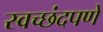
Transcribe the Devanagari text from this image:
स्वच्छंदपणे